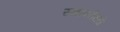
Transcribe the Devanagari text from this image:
स्थापनेमधे